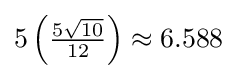
5\left({\tfrac {5{\sqrt {10}}}{12}}\right)\approx 6.588